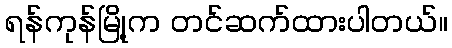
ရန်ကုန်မြို့က တင်ဆက်ထားပါတယ်။